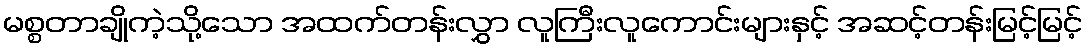
မစ္စတာချိုကဲ့သို့သော အထက်တန်းလွှာ လူကြီးလူကောင်းများနှင့် အဆင့်တန်းမြင့်မြင့်